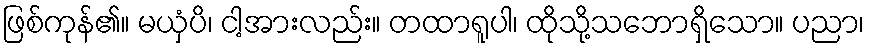
ဖြစ်ကုန်၏။ မယှံပိ၊ ငါ့အားလည်း။ တထာရူပါ၊ ထိုသို့သဘောရှိသော။ ပညာ၊